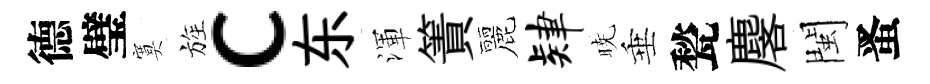
德璧寞旌c东渾簀麗肄暁垂甃麐閩󱉠